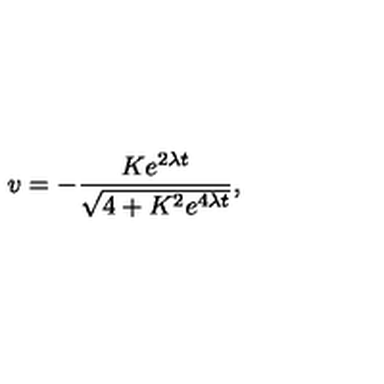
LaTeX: v = - \frac { K e ^ { 2 \lambda t } } { \sqrt { 4 + K ^ { 2 } e ^ { 4 \lambda t } } } ,